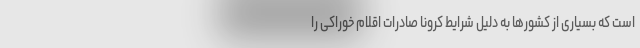
است که بسیاری از کشورها به دلیل شرایط کرونا صادرات اقلام خوراکی را